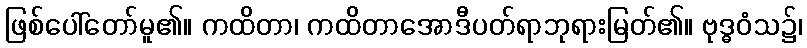
ဖြစ်ပေါ်တော်မူ၏။ ကထိတာ၊ ကထိတာအောဒီပတ်ရာဘုရားမြတ်၏။ ဗုဒ္ဓဝံသ၌၊